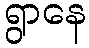
ရွာနေ